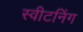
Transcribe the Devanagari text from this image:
स्वीटनिंग